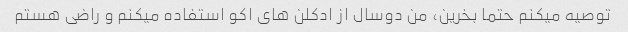
توصیه میکنم حتما بخرین، من دوسال از ادکلن های اکو استفاده میکنم و راضی هستم